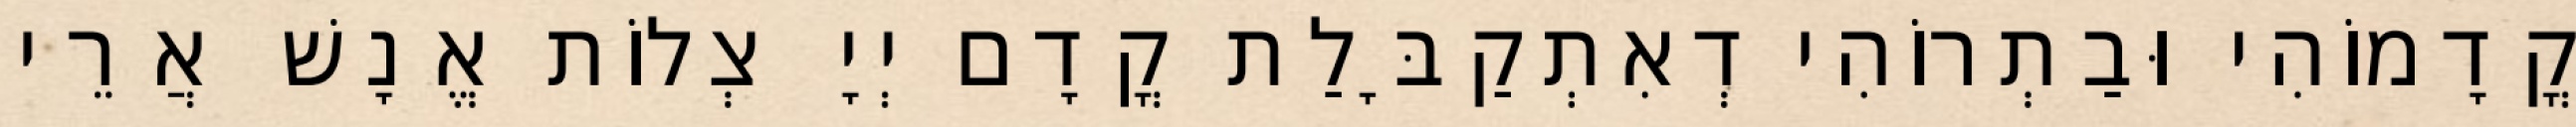
קֳדָמוֹהִי וּבַתְרוֹהִי דְאִתְקַבָּלַת קֳדָם יְיָ צְלוֹת אֱנָשׁ אֲרֵי